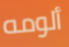
ألومه